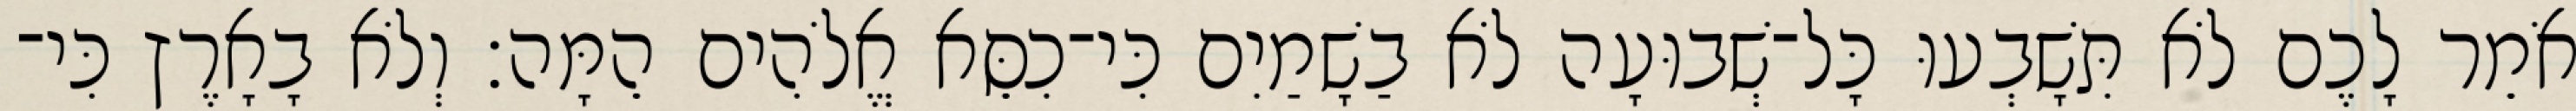
אֹמֵר לָכֶם לֹא תִּשָׁבְעוּ כָּל־שְׁבוּעָה לֹא בַשָׁמַיִם כִּי־כִסֵּא אֱלֹהִים הֵמָּה׃ וְלֹא בָאָרֶץ כִּי־